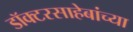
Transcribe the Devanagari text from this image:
डॉक्टरसाहेबांच्या